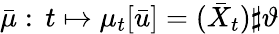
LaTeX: \bar{\mu}:\, t\mapsto\mu_{t}[\bar{u}]=(\bar{X}_{t})\sharp\vartheta